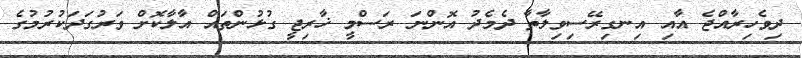
ދިވެހިރާއްޖެ އާއި އިނގިރޭސިވިލާތާ ދެމެދު އޮންނަ ރަސްމީ ޚާރިޖީ ގުޅުންތައް އާލާކޮށް ވަރުގަދަކުރުމުގެ